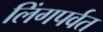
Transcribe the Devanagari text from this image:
लिंगपर्वत